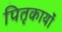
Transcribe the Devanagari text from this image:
पितृकार्यों